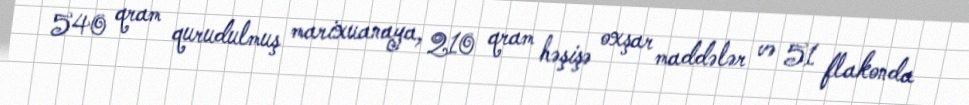
540 qram qurudulmuş marixuanaya, 210 qram həşişə oxşar maddələr və 51 flakonda